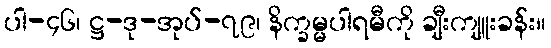
ပါ-၄၆၊ ဋ္ဌ-ဒု-အုပ်-၇၉၊ နိက္ခမ္မပါရမီကို ချီးကျူးခန်း။